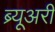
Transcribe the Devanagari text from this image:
ब्र्यूअरी